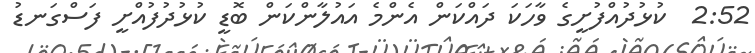
2:52  ކުޅުދުއްފުށީގެ ވާހަކަ ދައްކަން އެންމެ އައުލާންކަން ބޮޑީ ކުޅުދުފުއްށީ ފަސްގަނޑު